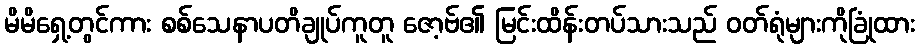
မိမိရှေ့တွင်ကား စစ်သေနာပတိချုပ်ကူတူ ဇော့ဗ်၏ မြင်းထိန်းတပ်သားသည် ဝတ်ရုံများကိုခြုံထား